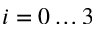
i = 0 \dots 3